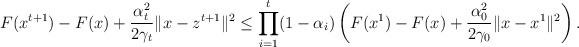
\begin{align*}F(x^{t+1})-F(x)+\frac{\alpha_t^2}{2\gamma_t}\|x-z^{t+1}\|^2\leq\prod_{i=1}^t(1-\alpha_i)\left(F(x^1)-F(x)+\frac{\alpha^2_{0}}{2\gamma_{0}}\|x-x^1\|^2\right).\end{align*}